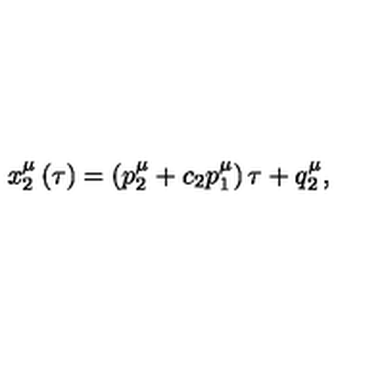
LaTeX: x _ { 2 } ^ { \mu } \left( \tau \right) = \left( p _ { 2 } ^ { \mu } + c _ { 2 } p _ { 1 } ^ { \mu } \right) \tau + q _ { 2 } ^ { \mu } ,